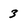
Character: 3